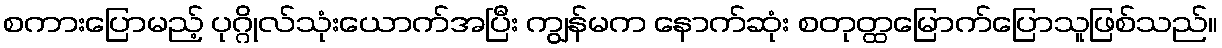
စကားပြောမည့် ပုဂ္ဂိုလ်သုံးယောက်အပြီး ကျွန်မက နောက်ဆုံး စတုတ္ထမြောက်ပြောသူဖြစ်သည်။